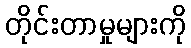
တိုင်းတာမှုများကို